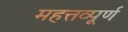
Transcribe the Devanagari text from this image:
महत्तव्पूर्ण